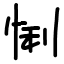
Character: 悧